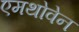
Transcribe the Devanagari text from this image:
एमथोवेन